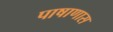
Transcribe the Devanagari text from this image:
पाषाणास